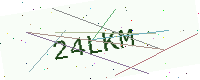
Text: 24LKM